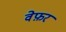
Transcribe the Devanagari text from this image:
वेफ़र